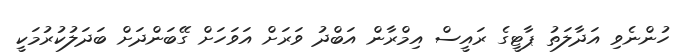
ހުންނެވި އަދާލަތު ޕާޓީގެ ރައީސް އިމްރާން އަބްދު ވަރަށް އަވަހަށް ގޭބަންދަށް ބަދަލުކުރުމަކީ